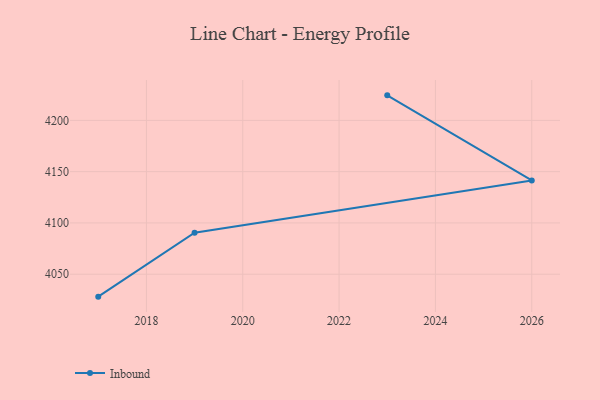
{"axis": {"x": "Year", "y": "Website Visitors"}, "legend": ["Inbound"], "data": [{"x": "2023", "y": 4224.4, "type": "Inbound"}, {"x": "2026", "y": 4141.4, "type": "Inbound"}, {"x": "2019", "y": 4090.4, "type": "Inbound"}, {"x": "2017", "y": 4028.1, "type": "Inbound"}]}